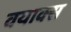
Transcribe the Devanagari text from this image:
वयाक्स